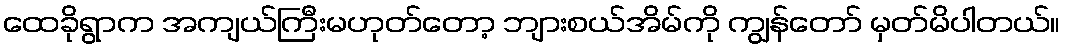
ထေခိုရွာက အကျယ်ကြီးမဟုတ်တော့ ဘျားစယ်အိမ်ကို ကျွန်တော် မှတ်မိပါတယ်။